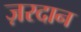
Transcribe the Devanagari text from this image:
ज़रदान